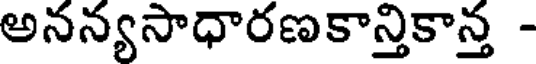
అనన్యసాధారణకాన్తికాన్త -